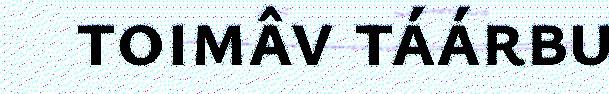
toimâv táárbu